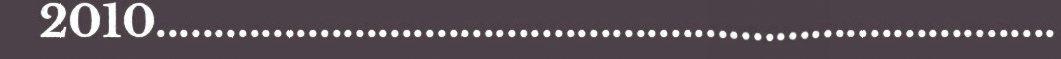
2010.............................................................................